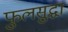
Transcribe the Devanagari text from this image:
फुलसुद्धा